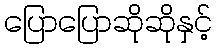
ပြောပြောဆိုဆိုနှင့်